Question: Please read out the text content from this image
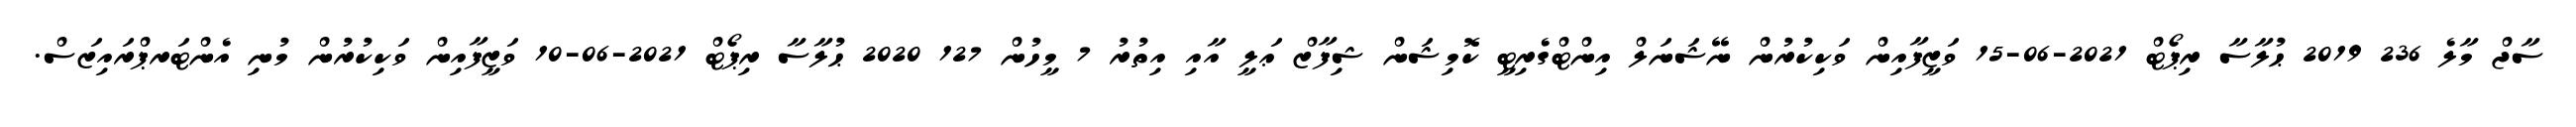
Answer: ސާޖް މާލެ 236 2019 ޙުލާސާ ރިޕޯޓް 2021-06-15 ވަޒީފާއިން ވަކިކުރުން ނޭޝަނަލް އިންޓްގެރިޓީ ކޮމިޝަން ޝިފާޒް ޢަލީ އާއި އިތުރު 7 މީހުން 127 2020 ޙުލާސާ ރިޕޯޓް 2021-06-10 ވަޒީފާއިން ވަކިކުރުން މުނި އެންޓަރޕްރައިޒަސް.